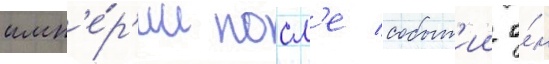
имп'е́р'ии посл'е событ'ии о́н